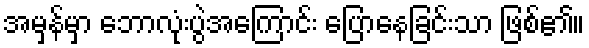
အမှန်မှာ ဘောလုံးပွဲအကြောင်း ပြောနေခြင်းသာ ဖြစ်၏။